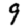
Digit: 9